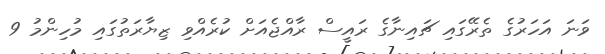
ވަނަ އަހަރުގެ ތެރޭގައި ޗައިނާގެ ރައީސް ރާއްޖެއަށް ކުރެއްވި ޒިޔާރަތުގައި މުހިންމު 9